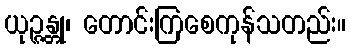
ယုဉ္ဇန္တု၊ တောင်းကြစေကုန်သတည်း။